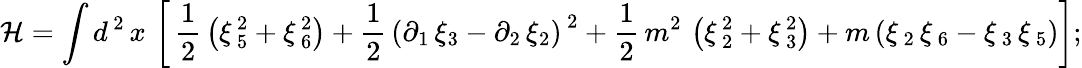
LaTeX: \mathcal{H}=\int d^{\, 2}\, x\, \left[\, \frac{1}{2}\, \left(\xi\, _{5}^{2}+\xi\, _{6}^{2}\right)+\frac{1}{2}\, \left(\partial_{1}\, \xi_{3}-\partial_{2}\, \xi_{2}\right)^{\, 2}+\frac{1}{2}\, m^{2}\, \left(\xi\, _{2}^{2}+\xi\, _{3}^{2}\right)+m\left(\xi\, _{2}\, \xi\, _{6}-\xi\, _{3}\, \xi\, _{5}\right)\right];